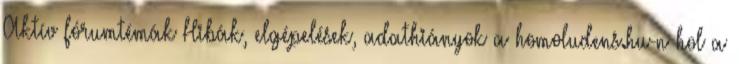
Aktív fórumtémák Hibák, elgépelések, adathiányok a homoludens.hu-n hol a